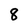
Character: 8